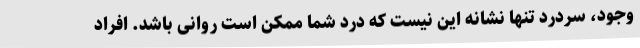
وجود، سردرد تنها نشانه این نیست که درد شما ممکن است روانی باشد. افراد